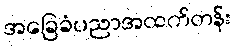
အခြေခံပညာအထက်တန်း